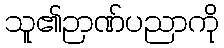
သူ၏ဉာဏ်ပညာကို